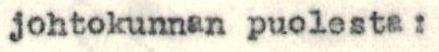
johtokunnan puolesta :